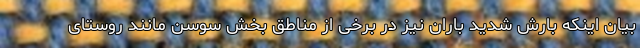
بیان اینکه بارش شدید باران نیز در برخی از مناطق بخش سوسن مانند روستای